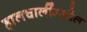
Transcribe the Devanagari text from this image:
हालचालींमधील